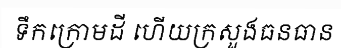
ទឹកក្រោមដី ហើយក្រសួងធនធាន